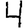
Digit: 4